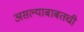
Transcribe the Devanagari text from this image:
असल्याबाबतची